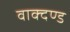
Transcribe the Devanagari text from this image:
वाक्दण्ड